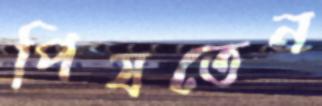
পিষতেন